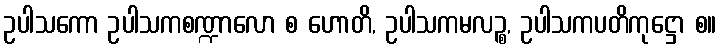
ဥပါသကော ဥပါသကစဏ္ဍာလော စ ဟောတိ, ဥပါသကမလဉ္စ, ဥပါသကပတိကုဋ္ဌော စ။